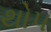
થોપ